Report on malaria in the Punjab during the year ...  together with an account of the work of the Punjab Malaria Bureau - Volume 5
Disease focus: Malaria
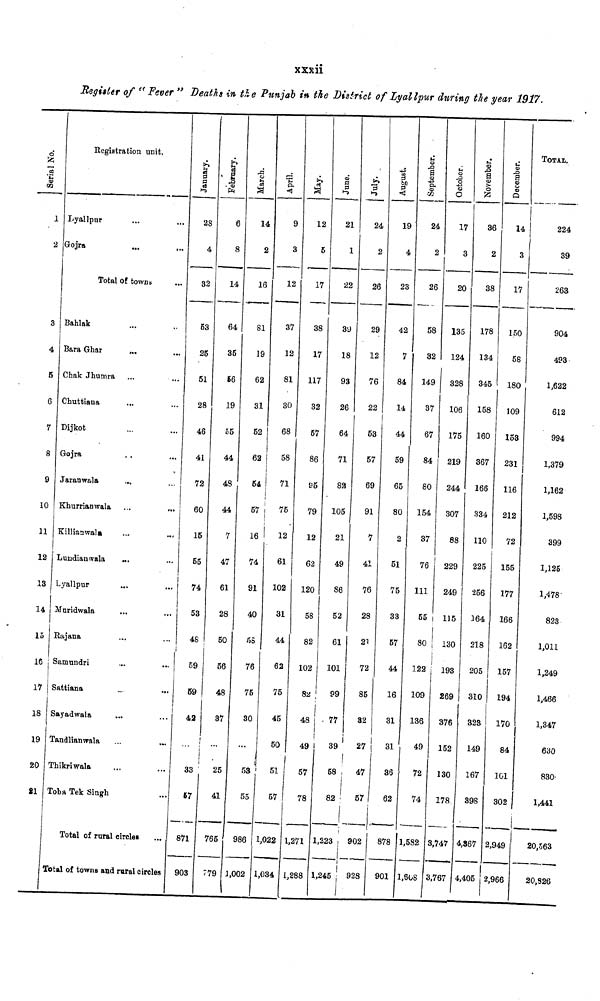
xxxii
Register of "Fever " Deaths in the Punjab in the District of Lyallpur during the year 1917.
Serial No.
1
2
3
4
5
6
7
8
9
10
11
12
13
14
15
16
17
18
19
20
21
1
Registration unit.
Lyallpur
Gojra
Total of towns
Bahlak
Bara Ghar
...
Chak Jhumra
Chuttiana
Dijkot
Gojra
Jaranwala
Khurrianwala
...
...
Killianwala
Lundiantwala
...
Lyallpur
...
Maridwala
Rajana
Samundri
...
...
Sattiana
Sayadwala
Tandlianwala
Thikkriwala
Toba Tek Singh
Total of rural circles
Total of towns and rural circles
January.
2S
4
32
53
25
51
28
46
41
72
60
15
55
74
53
4S
59
59
42
i
33
67
871
903
February.
6
8
14
64
35
56
19
55
44
48
44
7
47
61
28
50
56
48
37
25
41
765
779 1
14
2
16
81
19
62
31
52
62
54
57
16
74
91
40
65
76
75
30
53
55
986 .
,002 1
April.
9
3
12
37
12
81
30
68
58
71
75
12
61
102
31
44
62
75
45
50
51
57
1, 022 1
,034
May.
12
5
17
38
17
117
32
57
86
95
79
12
62
120
58
82
102
82
48
49
57
78
1,271
1,288 3
June.
21
1
22
39
18
93
26
64
71
82
105
21
49
86
52
61
101
99
77
39
|
58
82
1,223
,245
24
2
26
29
12
76
22
53
57
69
91
7
41
76
28
21
72
85
32
27 |
47
57
902
928
19
4
23
42
7
84
14
44
59
65
80
2
51
75
33
57
44
16
31
31
36
62
878
901
September.
24
2
26
58
32
149
37
67
84
so
154
37
76
111
55
80
122 |
109
136
49
72
74
1,582
3,608 i
October.
17
3
20
135
124
328
106
175
219
244
307
88
229
249
115
130
193
269
376
152
130
178
3,747
3,767
November.
36
2
38
178
134
345
158
160
367
166
334
110
225
256
164
218
205
310
323
149
167
398
4,367
4,405
December.
14
3
17
150
58
180
109
153
231
116
212
72
155
177
166
162
157
194
170
84
101
302
3,949
2,966
TOTAL
224
39
263
904
493
1,622
612
994
1,379
1,162
1,598
399
1,125
1,478
823
1,011
1,249
1,466
1,347
630
830
1,441
20,363
20,826